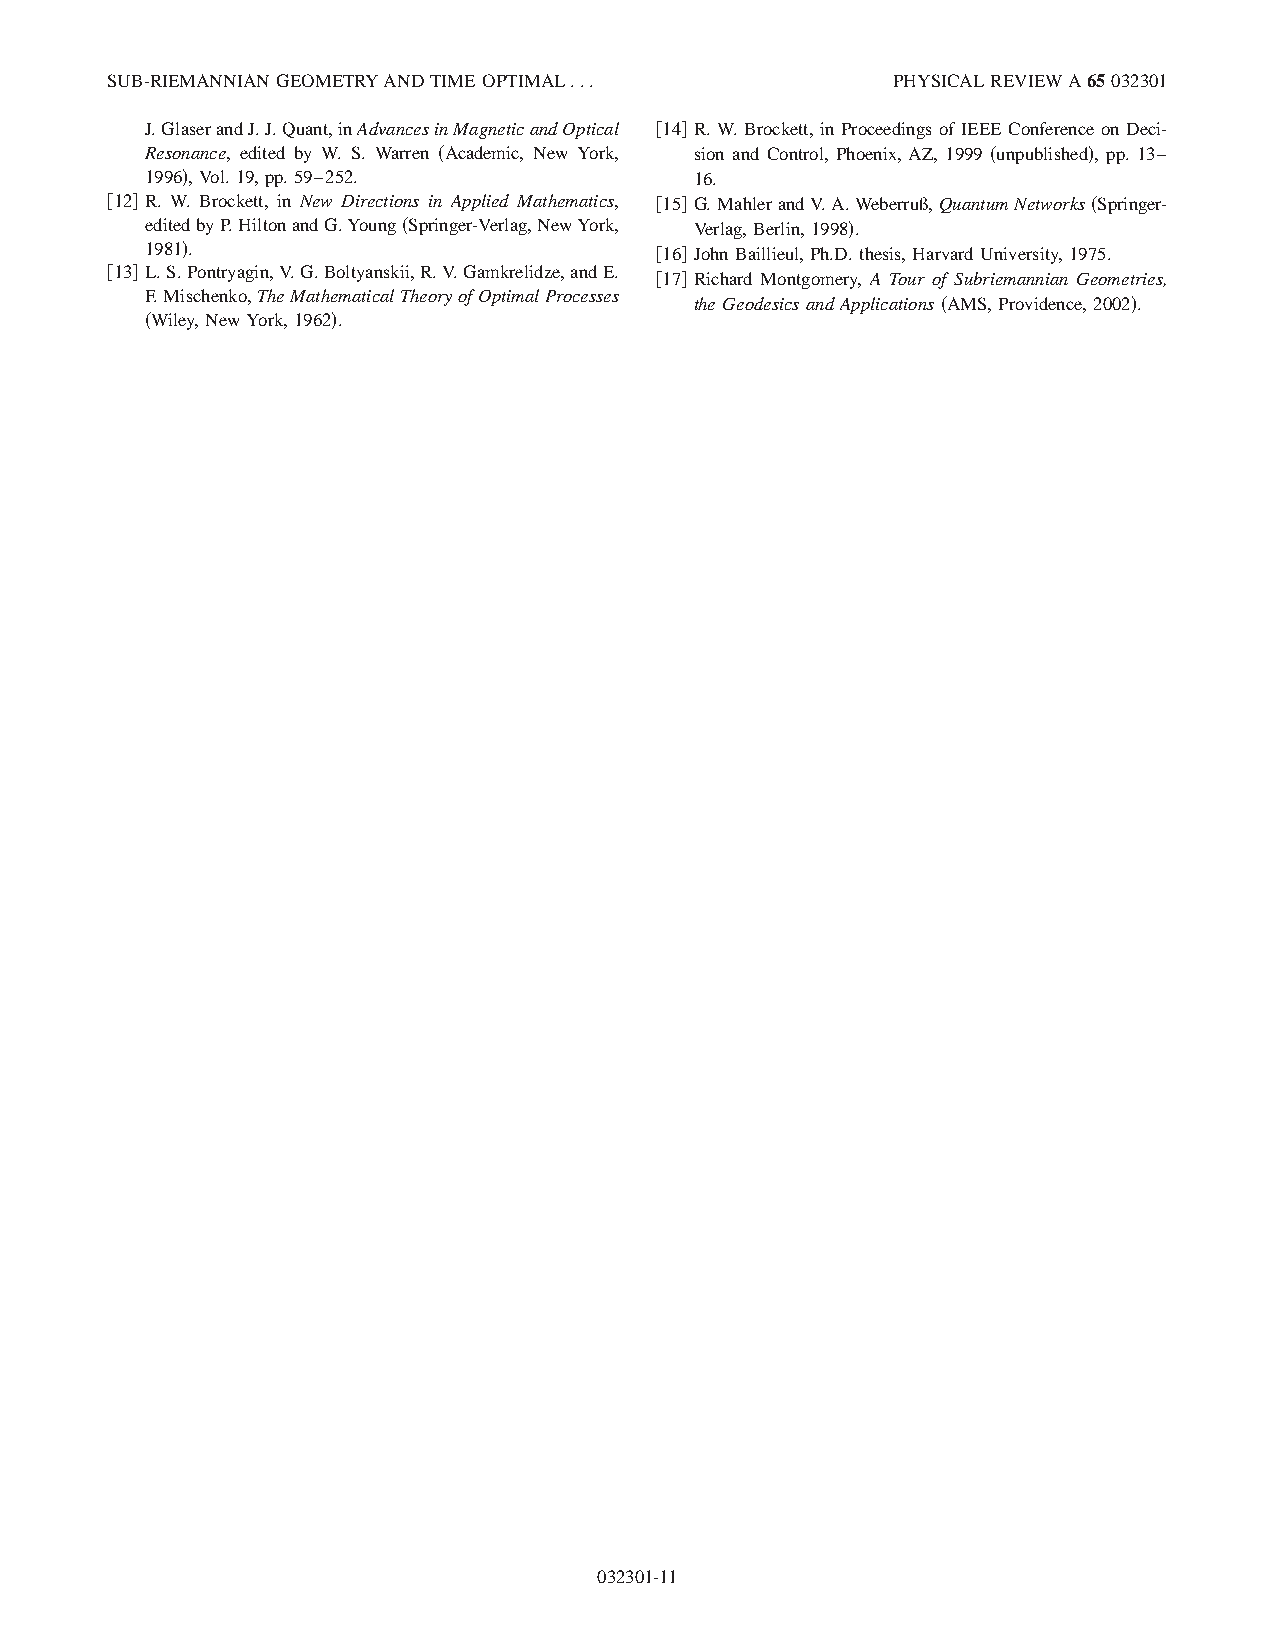
SUB-RIEMANNIANGEOMETRYANDTIMEOPTIMAL...             PHYSICALREVIEWA65032301
 J.GlaserandJ.J.Quant,inAdvancesinMagneticandOptical @14#R.W. Brockett, in Proceedings of IEEE Conference on Deci-
 Resonance, edited by W. S. Warren ~Academic, New York, sion and Control, Phoenix, AZ, 1999 ~unpublished!, pp. 13–
 1996!,Vol.19,pp.59–252.             16.
 @12#R. W. Brockett, in New Directions in Applied Mathematics, @15#G.MahlerandV.A.Weberruß,QuantumNetworks~Springer-
 editedbyP.HiltonandG.Young~Springer-Verlag,NewYork, Verlag,Berlin,1998!.
 1981!.                           @16#JohnBaillieul,Ph.D.thesis,HarvardUniversity,1975.
 @13#L.S.Pontryagin,V.G.Boltyanskii,R.V.Gamkrelidze,andE. @17#Richard Montgomery, A Tour of Subriemannian Geometries,
 F.Mischenko,TheMathematicalTheoryofOptimalProcesses theGeodesicsandApplications~AMS,Providence,2002!.
 ~Wiley,NewYork,1962!.
 032301-11